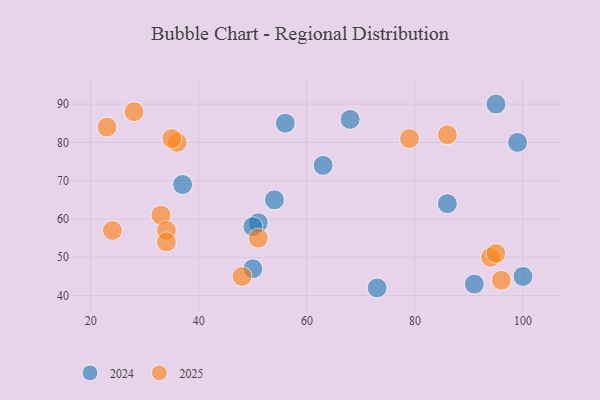
{"axis": {"x": "GDP", "y": "Life Expectancy"}, "legend": ["2024", "2025"], "data": [{"x": "36", "y": 80, "type": "2025"}, {"x": "48", "y": 45, "type": "2025"}, {"x": "94", "y": 50, "type": "2025"}, {"x": "35", "y": 81, "type": "2025"}, {"x": "51", "y": 55, "type": "2025"}, {"x": "86", "y": 82, "type": "2025"}, {"x": "96", "y": 44, "type": "2025"}, {"x": "23", "y": 84, "type": "2025"}, {"x": "28", "y": 88, "type": "2025"}, {"x": "24", "y": 57, "type": "2025"}, {"x": "33", "y": 61, "type": "2025"}, {"x": "79", "y": 81, "type": "2025"}, {"x": "34", "y": 57, "type": "2025"}, {"x": "34", "y": 54, "type": "2025"}, {"x": "95", "y": 51, "type": "2025"}, {"x": "37", "y": 69, "type": "2024"}, {"x": "51", "y": 59, "type": "2024"}, {"x": "100", "y": 45, "type": "2024"}, {"x": "56", "y": 85, "type": "2024"}, {"x": "86", "y": 64, "type": "2024"}, {"x": "91", "y": 43, "type": "2024"}, {"x": "73", "y": 42, "type": "2024"}, {"x": "54", "y": 65, "type": "2024"}, {"x": "95", "y": 90, "type": "2024"}, {"x": "50", "y": 58, "type": "2024"}, {"x": "50", "y": 47, "type": "2024"}, {"x": "99", "y": 80, "type": "2024"}, {"x": "68", "y": 86, "type": "2024"}, {"x": "63", "y": 74, "type": "2024"}]}